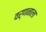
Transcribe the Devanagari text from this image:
वर्णनाला